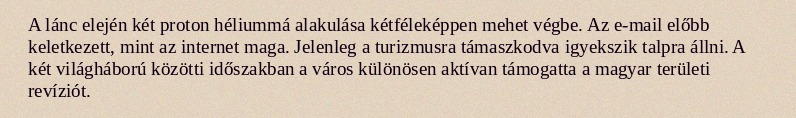
A lánc elején két proton héliummá alakulása kétféleképpen mehet végbe. Az e-mail előbb keletkezett, mint az internet maga. Jelenleg a turizmusra támaszkodva igyekszik talpra állni. A két világháború közötti időszakban a város különösen aktívan támogatta a magyar területi revíziót.